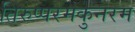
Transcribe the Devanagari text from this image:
तिरुप्परमकुनरम